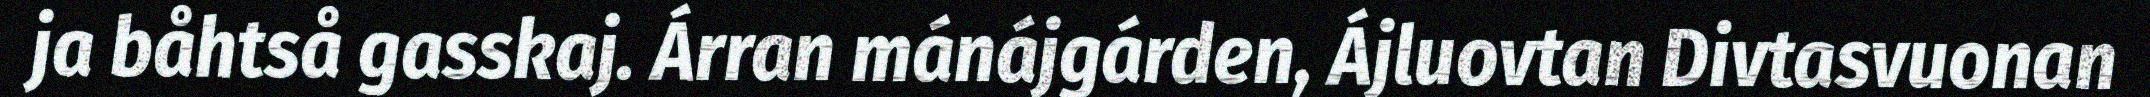
ja båhtså gasskaj. Árran mánájgárden, Ájluovtan Divtasvuonan